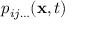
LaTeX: \ p _ { i j \ldots } ( \mathbf { x } , t )